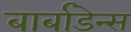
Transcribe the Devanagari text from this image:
बार्बाडेन्स